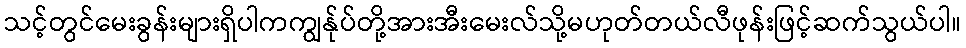
သင့်တွင်မေးခွန်းများရှိပါကကျွန်ုပ်တို့အားအီးမေးလ်သို့မဟုတ်တယ်လီဖုန်းဖြင့်ဆက်သွယ်ပါ။